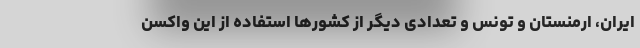
ایران، ارمنستان و تونس و تعدادی دیگر از کشورها استفاده از این واکسن